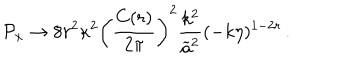
{ \cal P } _ { x } \to 8 r ^ { 2 } \kappa ^ { 2 } \left( { \frac { C ( r ) } { 2 \pi } } \right) ^ { 2 } { \frac { k ^ { 2 } } { \widetilde { a } ^ { 2 } } } ( - k \eta ) ^ { 1 - 2 r } \, .